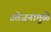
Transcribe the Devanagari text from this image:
उत्तेजनामुळे